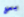
يعج